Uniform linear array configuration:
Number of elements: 8
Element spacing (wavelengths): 0.75
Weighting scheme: kaiser
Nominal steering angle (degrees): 45
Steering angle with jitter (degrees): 43.481
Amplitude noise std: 0.05
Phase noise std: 0.05

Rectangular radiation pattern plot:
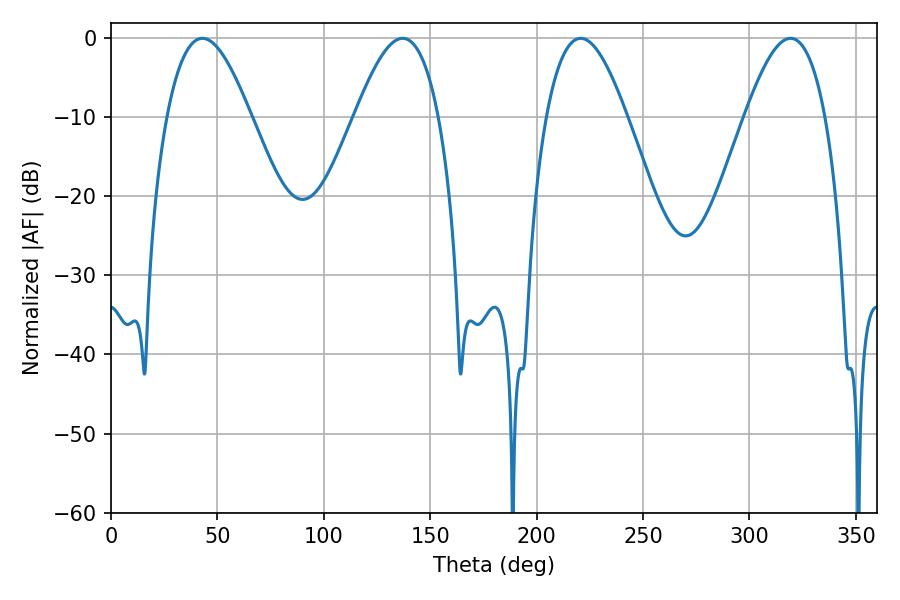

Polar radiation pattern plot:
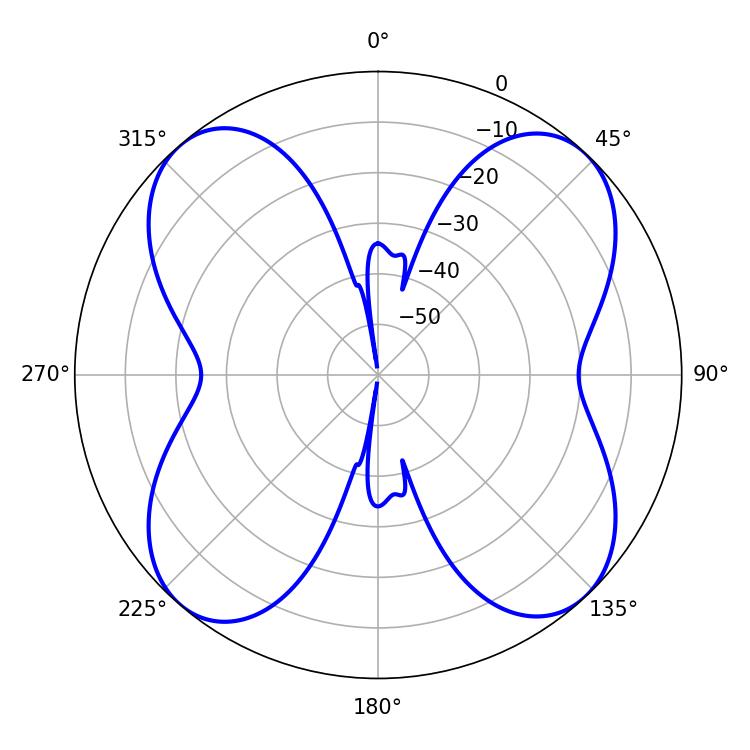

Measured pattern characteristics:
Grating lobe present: TRUE
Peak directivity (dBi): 16.116
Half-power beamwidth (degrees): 20.52
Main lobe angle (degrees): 220.68